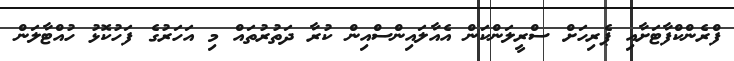
ފްރެންކްފާޓަށާއި ޕެރިހަށް ސްރީލަންކަން އެއާލައިންސްއިން ކުރާ ދަތުރުތައް މި އަހަރުގެ ފަހުކޮޅު ހުއްޓާލަން